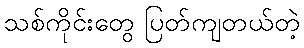
သစ်ကိုင်းတွေ ပြတ်ကျတယ်တဲ့